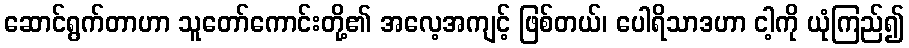
ဆောင်ရွက်တာဟာ သူတော်ကောင်းတို့၏ အလေ့အကျင့် ဖြစ်တယ်၊ ပေါရိသာဒဟာ ငါ့ကို ယုံကြည်၍